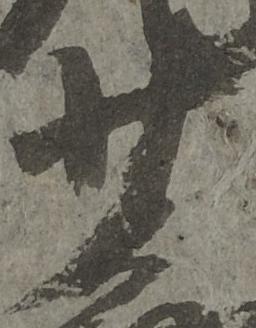
少